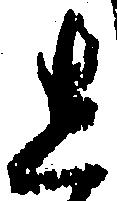
し